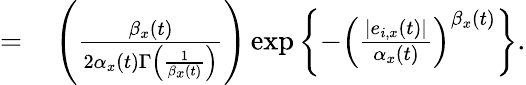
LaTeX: \begin{array}{rl}{=}&{{}\left(\frac{\beta_{x}(t)}{2\alpha_{x}(t)\Gamma\left(\frac{1}{\beta_{x}(t)}\right)}\right)\exp\left\{ -\left(\frac{|e_{i,x}(t)|}{\alpha_{x}(t)}\right)^{\beta_{x}(t)}\right\} .}\end{array}